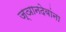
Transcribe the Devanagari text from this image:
ज्ञानदेवांना